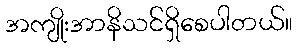
အကျိုးအာနိသင်ရှိစေပါတယ်။